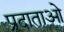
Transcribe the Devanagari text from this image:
प्रदाताओ